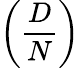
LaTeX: \left({\frac{D}{N}}\right)